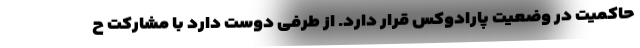
حاکمیت در وضعیت پارادوکس قرار دارد. از طرفی دوست دارد با مشارکت ح